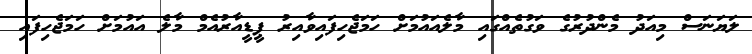
ލަޔަނަސް މިއަދު މެންދުރުގެ ވަގުތެއްގައި މާލެއައުމަށް ހަމަޖެހިފައިވާއިރު ޕީޑީއާރުއެމް މާލެ އައުމަށް ހަމަޖެހިފައި